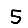
Digit: 5